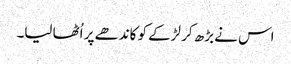
اس نے بڑھ کر لڑکے کو کاندھے پر اُٹھا لیا۔